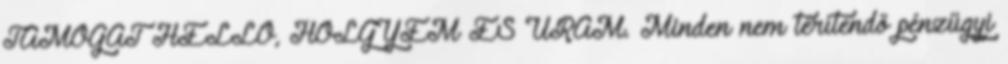
TÁMOGAT HELLO, HÖLGYEM ÉS URAM. Minden nem térítendő pénzügyi